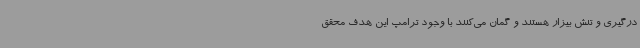
درگیری و تنش بیزار هستند و گمان می‌کنند با وجود ترامپ این هدف محقق